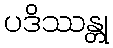
ပဒိဿန္တု